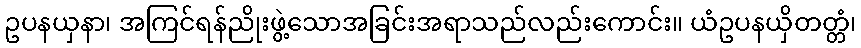
ဥပနယှနာ၊ အကြင်ရန်ညိုးဖွဲ့သောအခြင်းအရာသည်လည်းကောင်း။ ယံဥပနယှိတတ္တံ၊